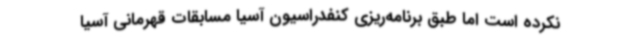
نکرده است اما طبق برنامه‌ریزی کنفدراسیون آسیا مسابقات قهرمانی آسیا